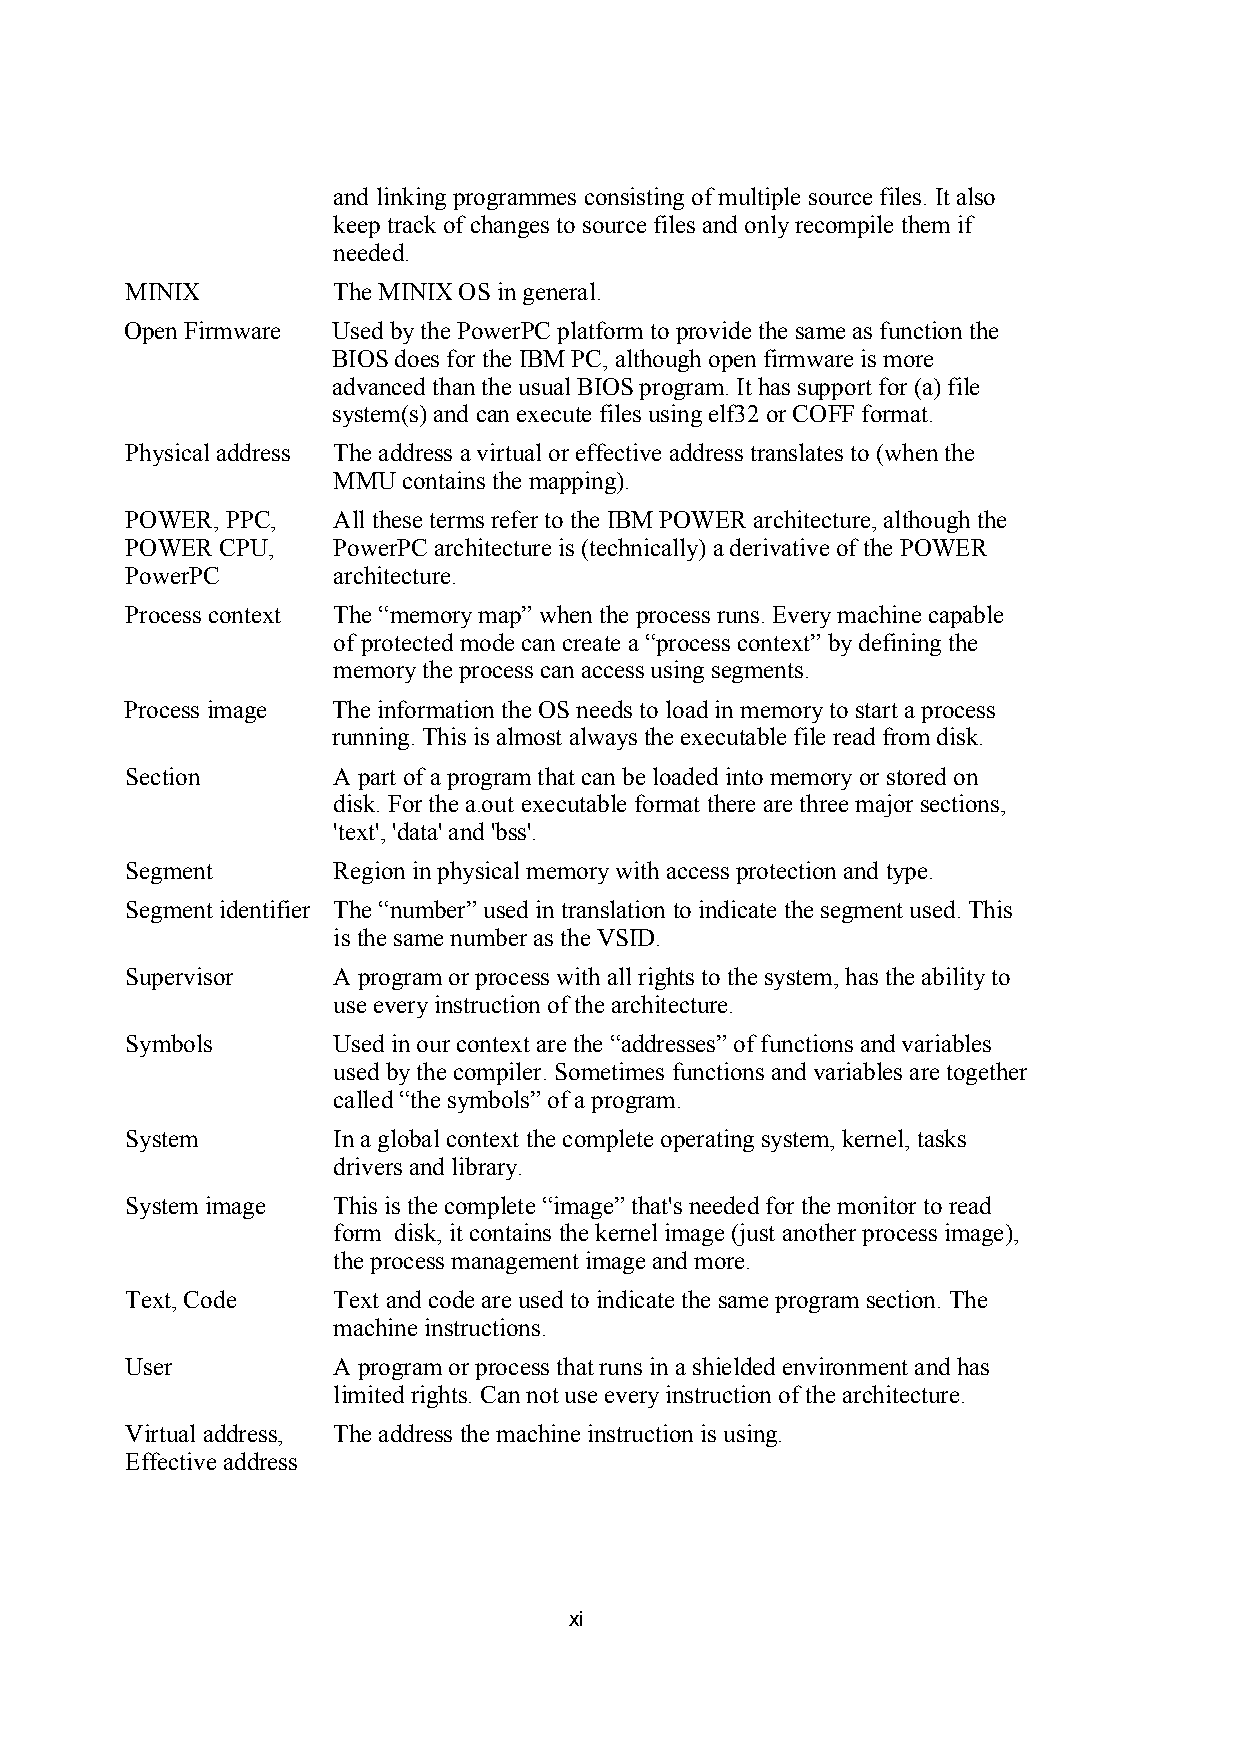
and linking programmes consisting of multiple source files. It also
 keep track of changes to source files and only recompile them if
 needed.
 MINIX         The MINIX OS in general.
 Open Firmware Used by the PowerPC platform to provide the same as function the
 BIOS does for the IBM PC, although open firmware is more
 advanced than the usual BIOS program. It has support for (a) file
 system(s) and can execute files using elf32 or COFF format.
 Physical address The address a virtual or effective address translates to (when the
 MMU  contains the mapping).
 POWER, PPC,   All these terms refer to the IBM POWER architecture, although the
 POWER  CPU,   PowerPC architecture is (technically) a derivative of the POWER
 PowerPC       architecture.
 Process context The “memory map” when the process runs. Every machine capable
 of protected mode can create a “process context” by defining the
 memory the process can access using segments.
 Process image The information the OS needs to load in memory to start a process
 running. This is almost always the executable file read from disk.
 Section       A part of a program that can be loaded into memory or stored on
 disk. For the a.out executable format there are three major sections,
 'text', 'data' and 'bss'.
 Segment       Region in physical memory with access protection and type.
 Segment identifier The “number” used in translation to indicate the segment used. This
 is the same number as the VSID.
 Supervisor    A program or process with all rights to the system, has the ability to
 use every instruction of the architecture.
 Symbols       Used in our context are the “addresses” of functions and variables
 used by the compiler. Sometimes functions and variables are together
 called “the symbols” of a program.
 System        In a global context the complete operating system, kernel, tasks
 drivers and library.
 System image  This is the complete “image” that's needed for the monitor to read
 form disk, it contains the kernel image (just another process image),
 the process management image and more.
 Text, Code    Text and code are used to indicate the same program section. The
 machine instructions.
 User          A program or process that runs in a shielded environment and has
 limited rights. Can not use every instruction of the architecture.
 Virtual address, The address the machine instruction is using.
 Effective address
 xi